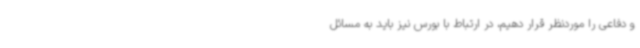
و دفاعی را موردنظر قرار دهیم، در ارتباط با بورس نیز باید به مسائل